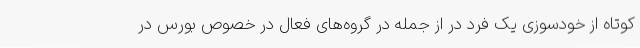
کوتاه از خودسوزی یک فرد در از جمله در گروه‌های فعال در خصوص بورس در